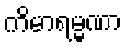
ကိမာရမ္မဏာ